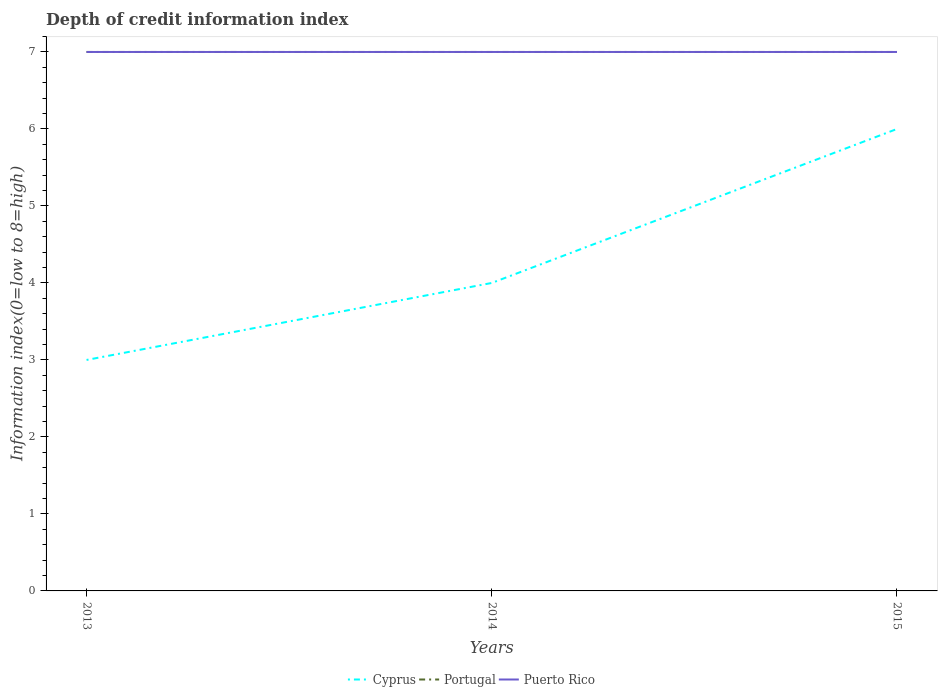
| Years | Cyprus | Portugal | Puerto Rico |
 | --- | --- | --- | --- |
 | 2013 | 3 | 7 | 7 |
 | 2014 | 4 | 7 | 7 |
 | 2015 | 6 | 7 | 7 |